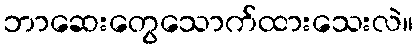
ဘာဆေးတွေသောက်ထားသေးလဲ။